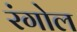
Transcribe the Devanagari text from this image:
रंगोल